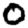
Digit: 0